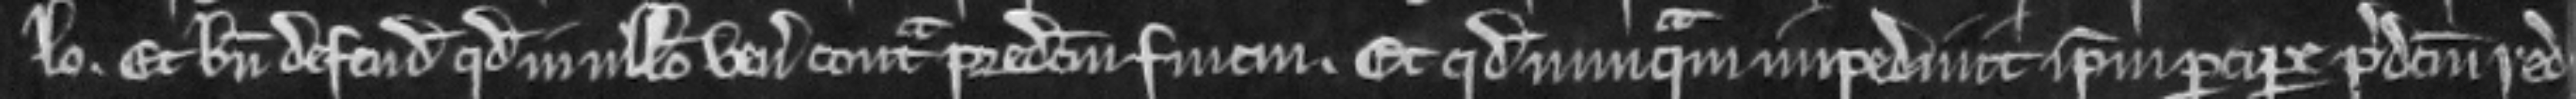
lo. Et bene defendit quod in ullo venit contra predictum finem. Et quod nunquam impedivit ipsum percipere predictum red